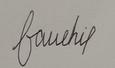
Signature authenticity: forged